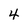
Character: 4